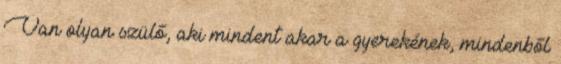
Van olyan szülő, aki mindent akar a gyerekének, mindenből